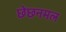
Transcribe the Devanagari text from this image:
छेछनमल